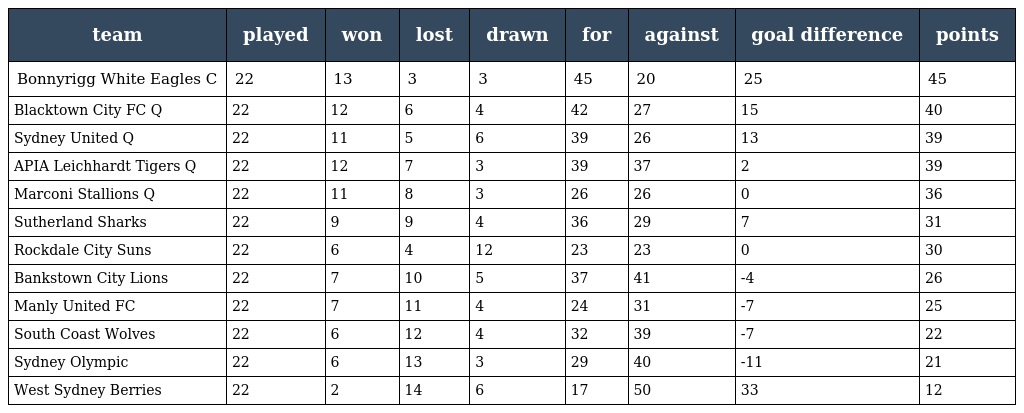
| team | played | won | lost | drawn | for | against | goal difference | points |
 | --- | --- | --- | --- | --- | --- | --- | --- | --- |
 | Bonnyrigg White Eagles C | 22 | 13 | 3 | 3 | 45 | 20 | 25 | 45 |
 | Blacktown City FC Q | 22 | 12 | 6 | 4 | 42 | 27 | 15 | 40 |
 | Sydney United Q | 22 | 11 | 5 | 6 | 39 | 26 | 13 | 39 |
 | APIA Leichhardt Tigers Q | 22 | 12 | 7 | 3 | 39 | 37 | 2 | 39 |
 | Marconi Stallions Q | 22 | 11 | 8 | 3 | 26 | 26 | 0 | 36 |
 | Sutherland Sharks | 22 | 9 | 9 | 4 | 36 | 29 | 7 | 31 |
 | Rockdale City Suns | 22 | 6 | 4 | 12 | 23 | 23 | 0 | 30 |
 | Bankstown City Lions | 22 | 7 | 10 | 5 | 37 | 41 | -4 | 26 |
 | Manly United FC | 22 | 7 | 11 | 4 | 24 | 31 | -7 | 25 |
 | South Coast Wolves | 22 | 6 | 12 | 4 | 32 | 39 | -7 | 22 |
 | Sydney Olympic | 22 | 6 | 13 | 3 | 29 | 40 | -11 | 21 |
 | West Sydney Berries | 22 | 2 | 14 | 6 | 17 | 50 | 33 | 12 |